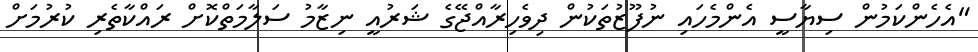
"އެހެންކަމުން ސިޔާސީ އެންމެހައި ނުފޫޒުތަކުން ދިވެހިރާއްޖޭގެ ޝަރުއީ ނިޒާމު ސަލާމަތްކޮށް ރައްކާތެރި ކުރުމަށް